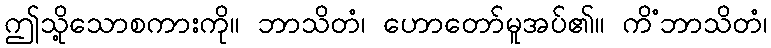
ဤသို့သောစကားကို။ ဘာသိတံ၊ ဟောတော်မူအပ်၏။ ကိံဘာသိတံ၊